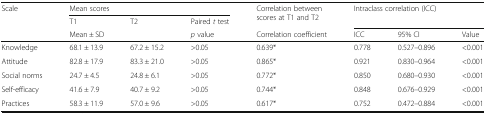
<table><thead><tr><td rowspan="3"><b>Scale</b></td><td colspan="3"><b>Mean scores</b></td><td rowspan="2"><b>Correlation between scores at T1 and T2</b></td><td rowspan="2" colspan="3"><b>Intraclass correlation (ICC)</b></td></tr><tr><td><b>T1</b></td><td><b>T2</b></td><td><b>Paired <i>t</i> test</b></td></tr><tr><td colspan="2"><b>Mean ± SD</b></td><td><b><i>p</i> value</b></td><td><b>Correlation coefficient</b></td><td><b>ICC</b></td><td><b>95% CI</b></td><td><b>Value</b></td></tr></thead><tbody><tr><td>Knowledge</td><td>68.1 ± 13.9</td><td>67.2 ± 15.2</td><td>&gt;0.05</td><td>0.639*</td><td>0.778</td><td>0.527–0.896</td><td>&lt;0.001</td></tr><tr><td>Attitude</td><td>82.8 ± 17.9</td><td>83.3 ± 21.0</td><td>&gt;0.05</td><td>0.865*</td><td>0.921</td><td>0.830–0.964</td><td>&lt;0.001</td></tr><tr><td>Social norms</td><td>24.7 ± 4.5</td><td>24.8 ± 6.1</td><td>&gt;0.05</td><td>0.772*</td><td>0.850</td><td>0.680–0.930</td><td>&lt;0.001</td></tr><tr><td>Self-efficacy</td><td>41.6 ± 7.9</td><td>40.7 ± 9.2</td><td>&gt;0.05</td><td>0.744*</td><td>0.848</td><td>0.676–0.929</td><td>&lt;0.001</td></tr><tr><td>Practices</td><td>58.3 ± 11.9</td><td>57.0 ± 9.6</td><td>&gt;0.05</td><td>0.617*</td><td>0.752</td><td>0.472–0.884</td><td>&lt;0.001</td></tr></tbody></table>